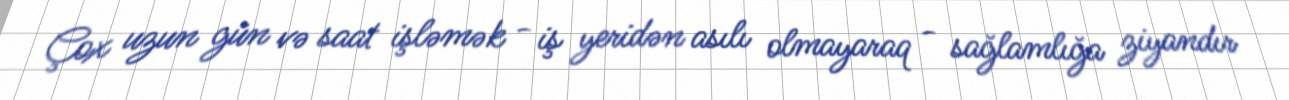
Çox uzun gün və saat işləmək - iş yeridən asılı olmayaraq - sağlamlığa ziyandır